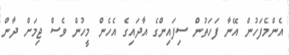
އެންމެފަހުން އޭނާ ފަހަތުން ސިފައިންގެ އާދައިގެ އެހެން މީހުން ވެސް ޖިމަށް ދާން